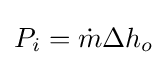
P_{i}={\dot {m}}{\Delta h_{o}}